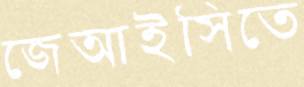
জেআইসিতে